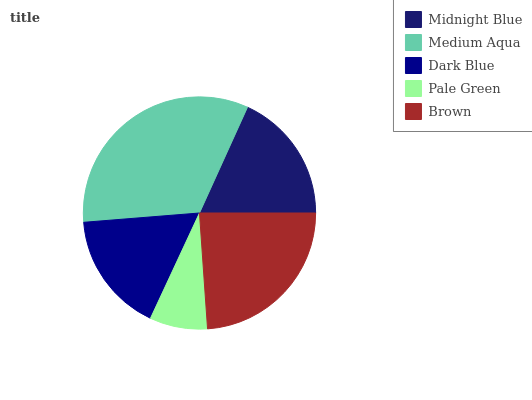
| Midnight Blue | Medium Aqua | Dark Blue | Pale Green | Brown |
 | --- | --- | --- | --- | --- |
 | 18.1% | 33.1% | 16.9% | 8.04% | 23.9% |